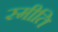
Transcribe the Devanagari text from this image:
स्मीति